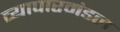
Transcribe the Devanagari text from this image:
व्यापारमंडल